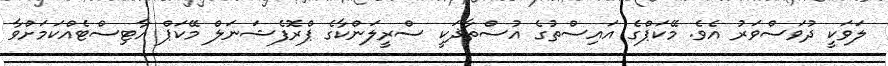
ލަވަކީ ދުވަސްވަރު އެވެ. މޭކަޕްގެ އައިސްތުގެ އުސްތާޛަކީ ސްރީލަންކާގެ ޕްރޮފެޝަނަލް މޭކަޕް އާޓިސްޓެއްކަމަށްވާ